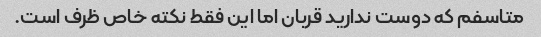
متاسفم که دوست ندارید قربان اما این فقط نکته خاص ظرف است.